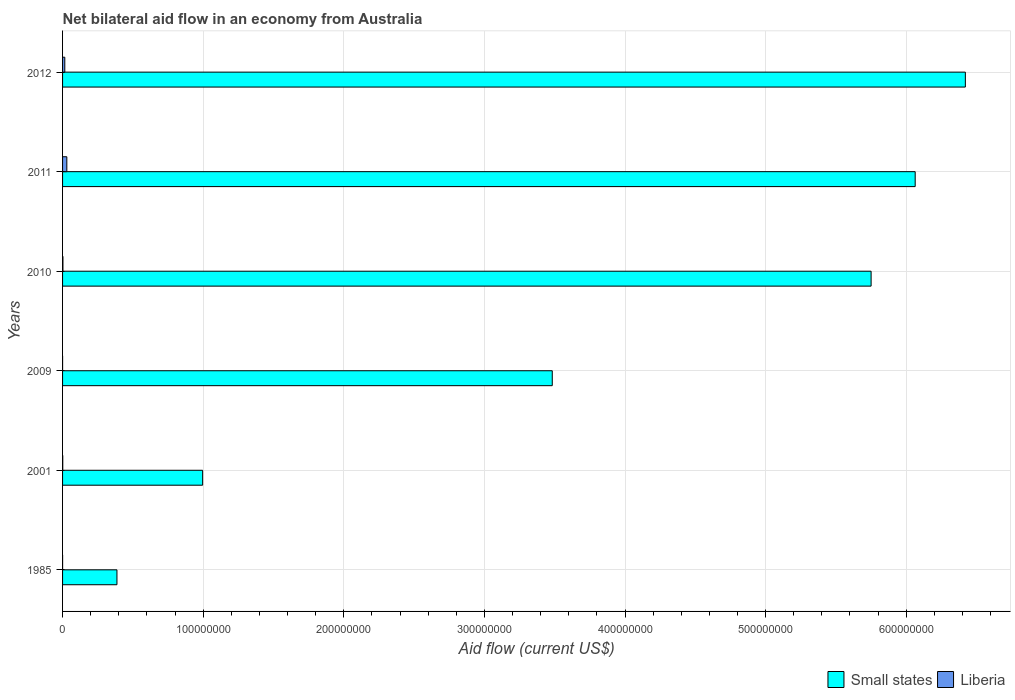
| Years | Small states | Liberia |
 | --- | --- | --- |
 | 1985 | 3.87e+07 | 2e+04 |
 | 2001 | 9.96e+07 | 1.3e+05 |
 | 2009 | 3.48e+08 | 1e+04 |
 | 2010 | 5.75e+08 | 2.6e+05 |
 | 2011 | 6.06e+08 | 3.03e+06 |
 | 2012 | 6.42e+08 | 1.59e+06 |